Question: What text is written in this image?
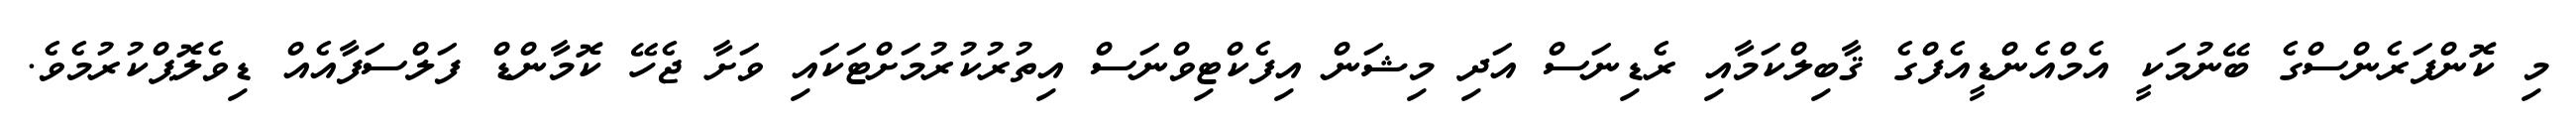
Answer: މި ކޮންފަރެންސްގެ ބޭނުމަކީ އެމްއެންޑީއެފްގެ ޤާބިލްކަމާއި ރެޑިނަސް އަދި މިޝަން އިފެކްޓިވްނަސް އިތުރުކުރުމަށްޓަކައި ވަށާ ޖެހޭ ކޮމާންޑް ފަލްސަފާއެއް ޑިވެލޮޕްކުރުމެވެ.